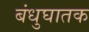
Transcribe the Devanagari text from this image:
बंधुघातक